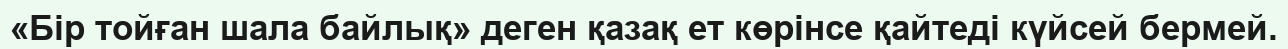
«Бір тойған шала байлық» деген қазақ ет көрінсе қайтеді күйсей бермей.